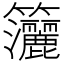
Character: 𥸗